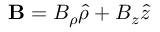
\mathbf { B } = B _ { \rho } \hat { \rho } + B _ { z } \hat { z }